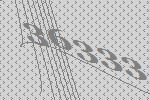
36333